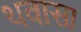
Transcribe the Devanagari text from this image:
थवासा